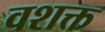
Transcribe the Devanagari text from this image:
वशक्त